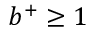
b ^ { + } \geq 1